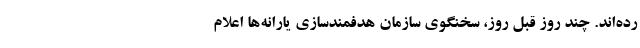
رده‌اند. چند روز قبل روز، سخنگوی سازمان هدفمندسازی یارانه‌ها اعلام